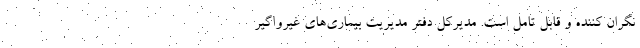
نگران کننده و قابل تامل است. مدیرکل دفتر مدیریت بیماری‌های غیرواگیر